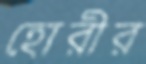
হোরীর